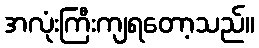
အလုံးကြီးကျရတော့သည်။